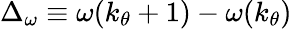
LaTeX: \Delta_{\omega}\equiv\omega(k_{\theta}+1)-\omega(k_{\theta})